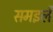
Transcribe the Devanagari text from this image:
समइलै